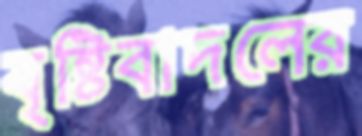
বৃষ্টিবাদলের